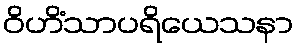
ဝိဟိံသာပရိယေသနာ